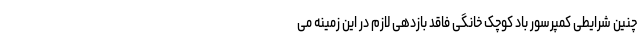
چنین شرایطی کمپرسور باد کوچک خانگی فاقد بازدهی لازم در این زمینه می